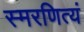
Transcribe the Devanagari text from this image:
स्मरणित्यं